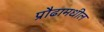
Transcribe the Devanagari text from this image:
प्रौढामधील